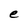
Character: e